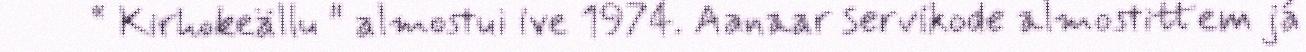
“ Kirhokeällu " almostui ive 1974. Aanaar servikode almostittem já